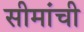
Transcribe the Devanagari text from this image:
सीमांची